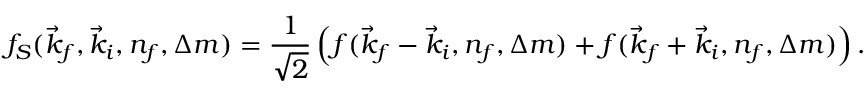
f _ { S } ( \vec { k } _ { f } , \vec { k } _ { i } , n _ { f } , \Delta m ) = \frac { 1 } { \sqrt { 2 } } \left( f ( \vec { k } _ { f } - \vec { k } _ { i } , n _ { f } , \Delta m ) + f ( \vec { k } _ { f } + \vec { k } _ { i } , n _ { f } , \Delta m ) \right) .